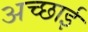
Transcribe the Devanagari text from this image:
अच्‍छाई